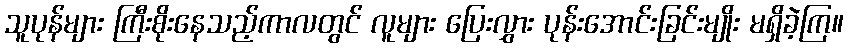
သူပုန်များ ကြီးစိုးနေသည့်ကာလတွင် လူများ ပြေးလွှား ပုန်းအောင်းခြင်းမျိုး မရှိခဲ့ကြ။